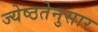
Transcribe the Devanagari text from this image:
ज्येष्ठतेनुसार